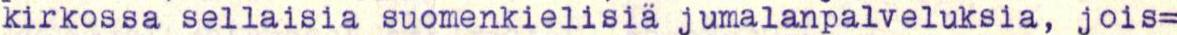
kirkossa sellaisia suomenkielisiä jumalanpalveluksia, jois=